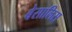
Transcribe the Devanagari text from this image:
बेसालिस